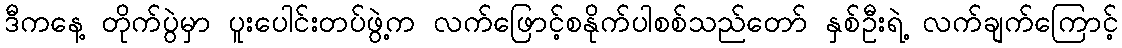
ဒီကနေ့ တိုက်ပွဲမှာ ပူးပေါင်းတပ်ဖွဲ့က လက်ဖြောင့်စနိုက်ပါစစ်သည်တော် နှစ်ဦးရဲ့ လက်ချက်ကြောင့်